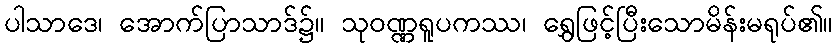
ပါသာဒေ၊ အောက်ပြာသာဒ်၌။ သုဝဏ္ဏရူပကဿ၊ ရွှေဖြင့်ပြီးသောမိန်းမရုပ်၏။